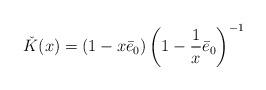
LaTeX: \begin{align*} \check K(x)=(1-x\bar e_0)\left(1-\frac1x\bar e_0\right)^{-1}\end{align*}